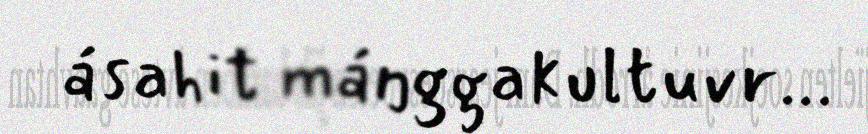
ásahit máŋggakultuvr...